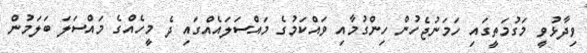
ވިދާޅުވީ މަގުމަތީގައި ހަމަނުޖެހުން ހިންގުމާއި ވައްކަމުގެ މައްސަލައެއްގައި ދެ މީހެއްގެ މައްސަލަ ބަލަމުން